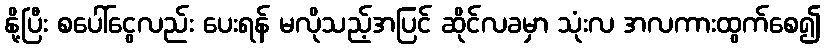
နို့ပြီး စပေါ်ငွေလည်း ပေးရန် မလိုသည့်အပြင် ဆိုင်လခမှာ သုံးလ အလကားထွက်စေ၍